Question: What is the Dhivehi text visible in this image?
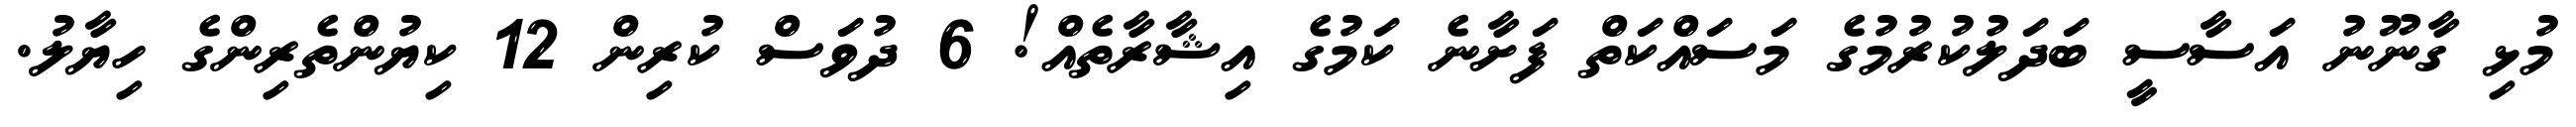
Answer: މުޅި ގާނޫނު އަސާސީ ބަދަލުކުރުމުގެ މަސައްކަތް ފަށާނެ ކަމުގެ އިޝާރާތެއް! 6 ދުވަސް ކުރިން 12 ކިޔުންތެރިންގެ ހިޔާލު.